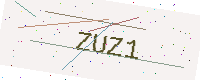
Text: ZUZ1